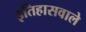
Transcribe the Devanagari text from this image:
इतिहासवाले